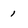
Character: 1